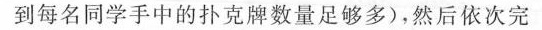
到每名同学手中的扑克牌数量足够多)，然后依次完